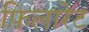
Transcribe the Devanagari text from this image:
फ़िलारेट